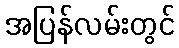
အပြန်လမ်းတွင်